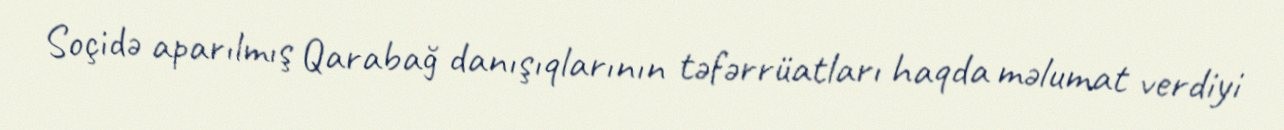
Soçidə aparılmış Qarabağ danışıqlarının təfərrüatları haqda məlumat verdiyi